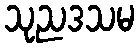
သုညဒသမ